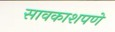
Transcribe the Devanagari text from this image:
सावकाशपणे